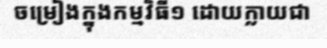
ចម្រៀងក្នុងកម្មវិធី១ ដោយក្លាយជា